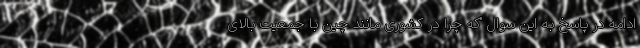
ادامه در پاسخ به این سوال "که چرا در کشوری مانند چین با جمعیت بالای